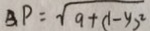
B P = \sqrt { 9 + ( 1 - y ) ^ { 2 } }